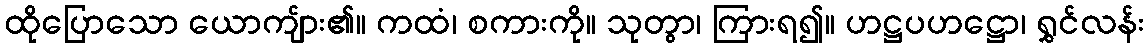
ထိုပြောသော ယောကျ်ား၏။ ကထံ၊ စကားကို။ သုတွာ၊ ကြားရ၍။ ဟဋ္ဌပဟဋ္ဌော၊ ရွှင်လန်း